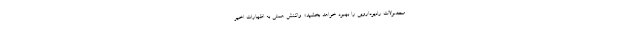
محصولات رادیودارویی را بهبود خواهد بخشید». واکنش همتی به اظهارات اخیر